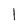
Character: 1